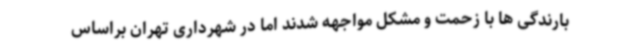
بارندگی ها با زحمت و مشکل مواجهه شدند اما در شهرداری تهران براساس